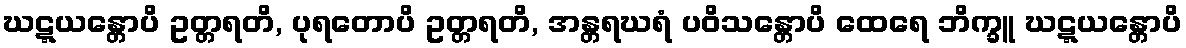
ဃဋ္ဋယန္တောပိ ဥတ္တရတိ, ပုရတောပိ ဥတ္တရတိ, အန္တရဃရံ ပဝိသန္တောပိ ထေရေ ဘိက္ခူ ဃဋ္ဋယန္တောပိ